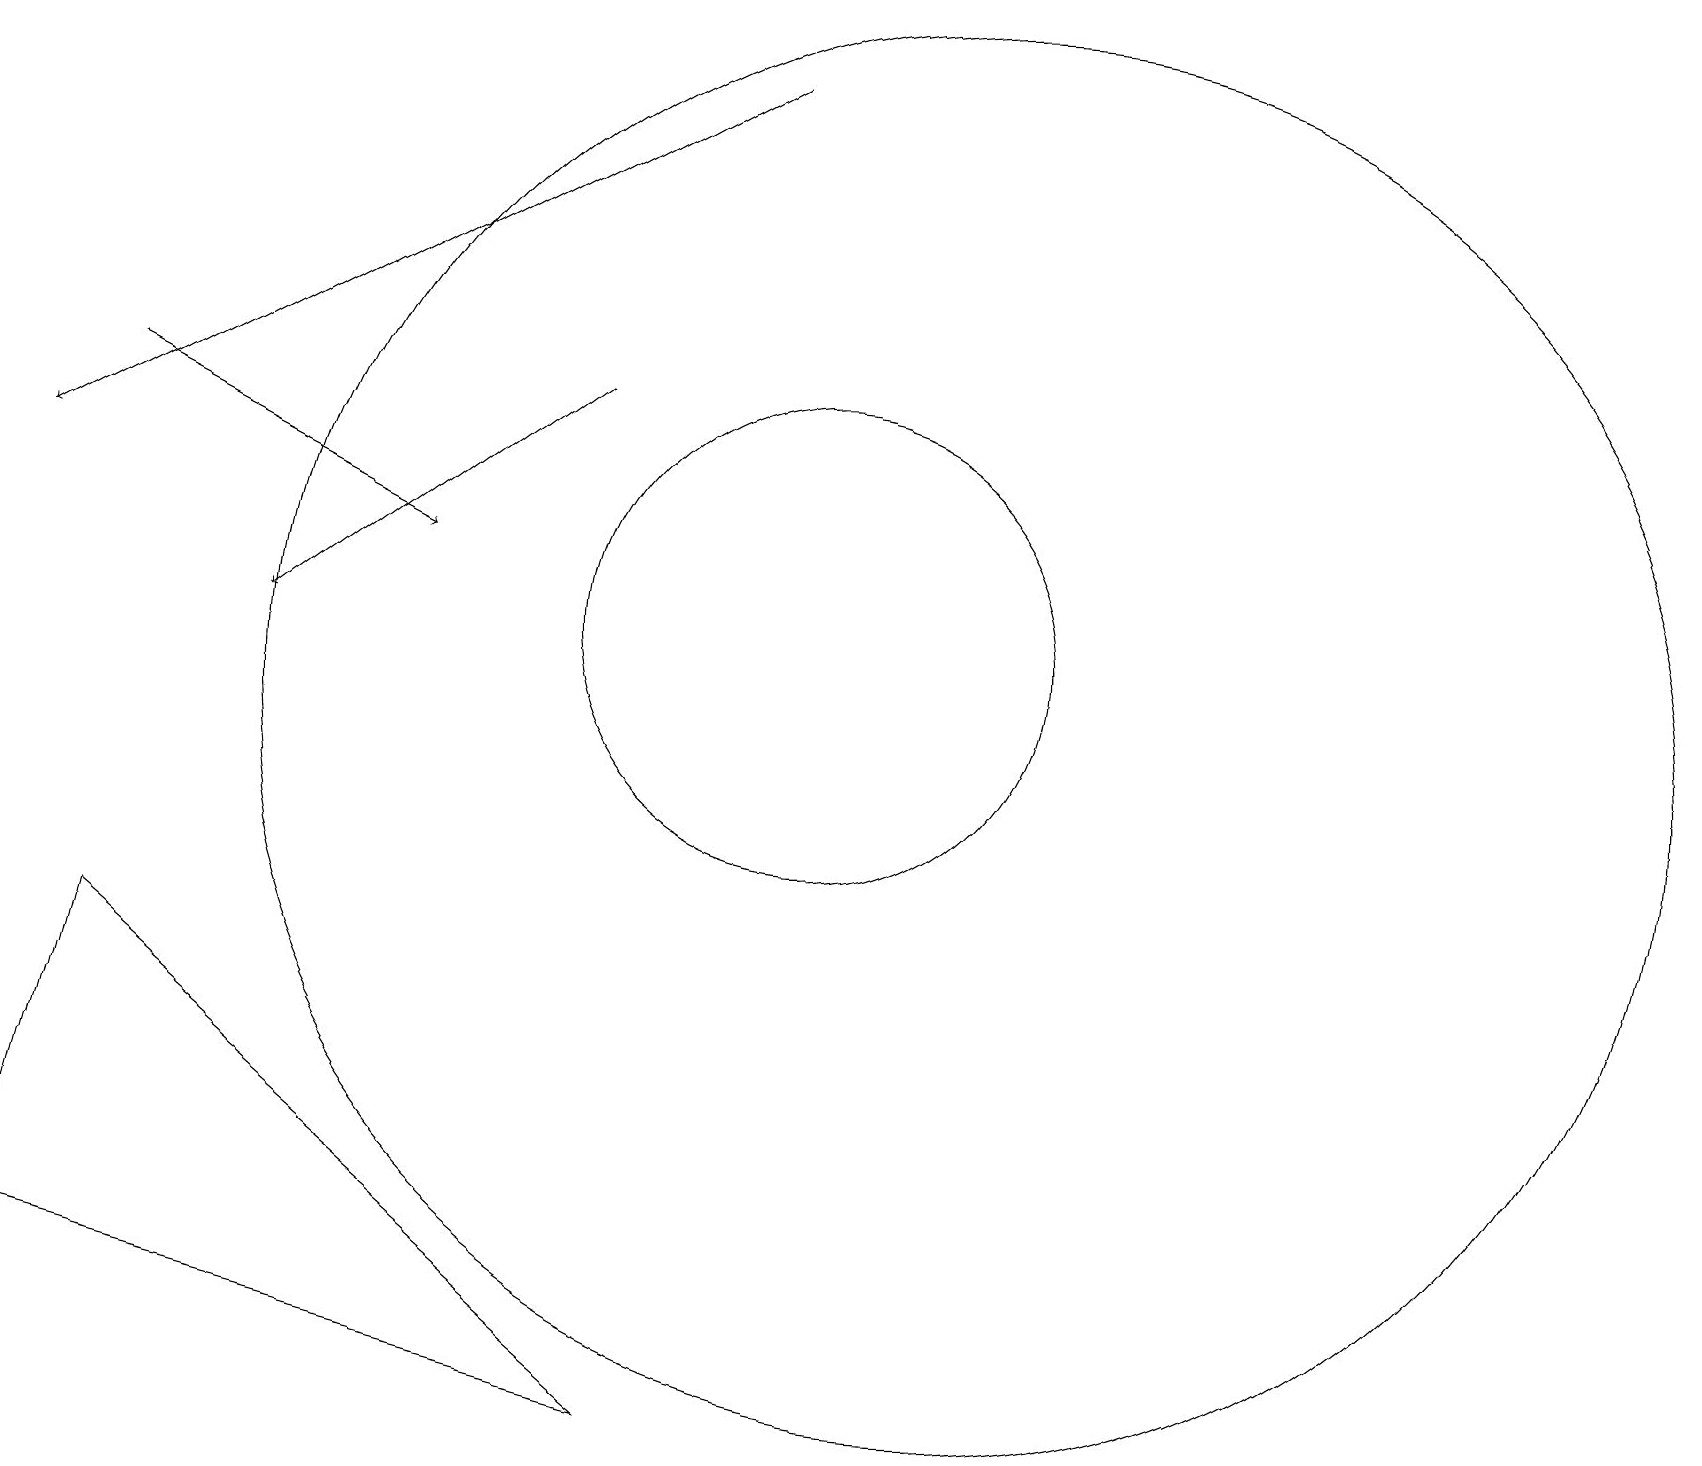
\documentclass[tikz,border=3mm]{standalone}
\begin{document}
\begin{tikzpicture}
\draw[->] (9,18) -- (0,13);
\draw[->] (1,14) -- (5,12);
\draw[->] (7,14) -- (3,11);
\draw (8,1) -- (0,3) -- (1,7) -- cycle;
\draw (10,11) circle (3);
\draw (12,10) circle (9);
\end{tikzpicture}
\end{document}